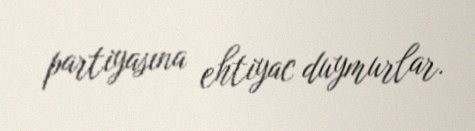
partiyasına ehtiyac duymurlar.